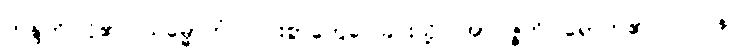
ကန္ဒတိ၊ ငို၏။ သမ္မောဟံ၊ ပြင်းစွာတွေဝေခြင်းသို့။ အာပဇ္ဇတိ၊ ရောက်၏။ ဝါ ပန၊